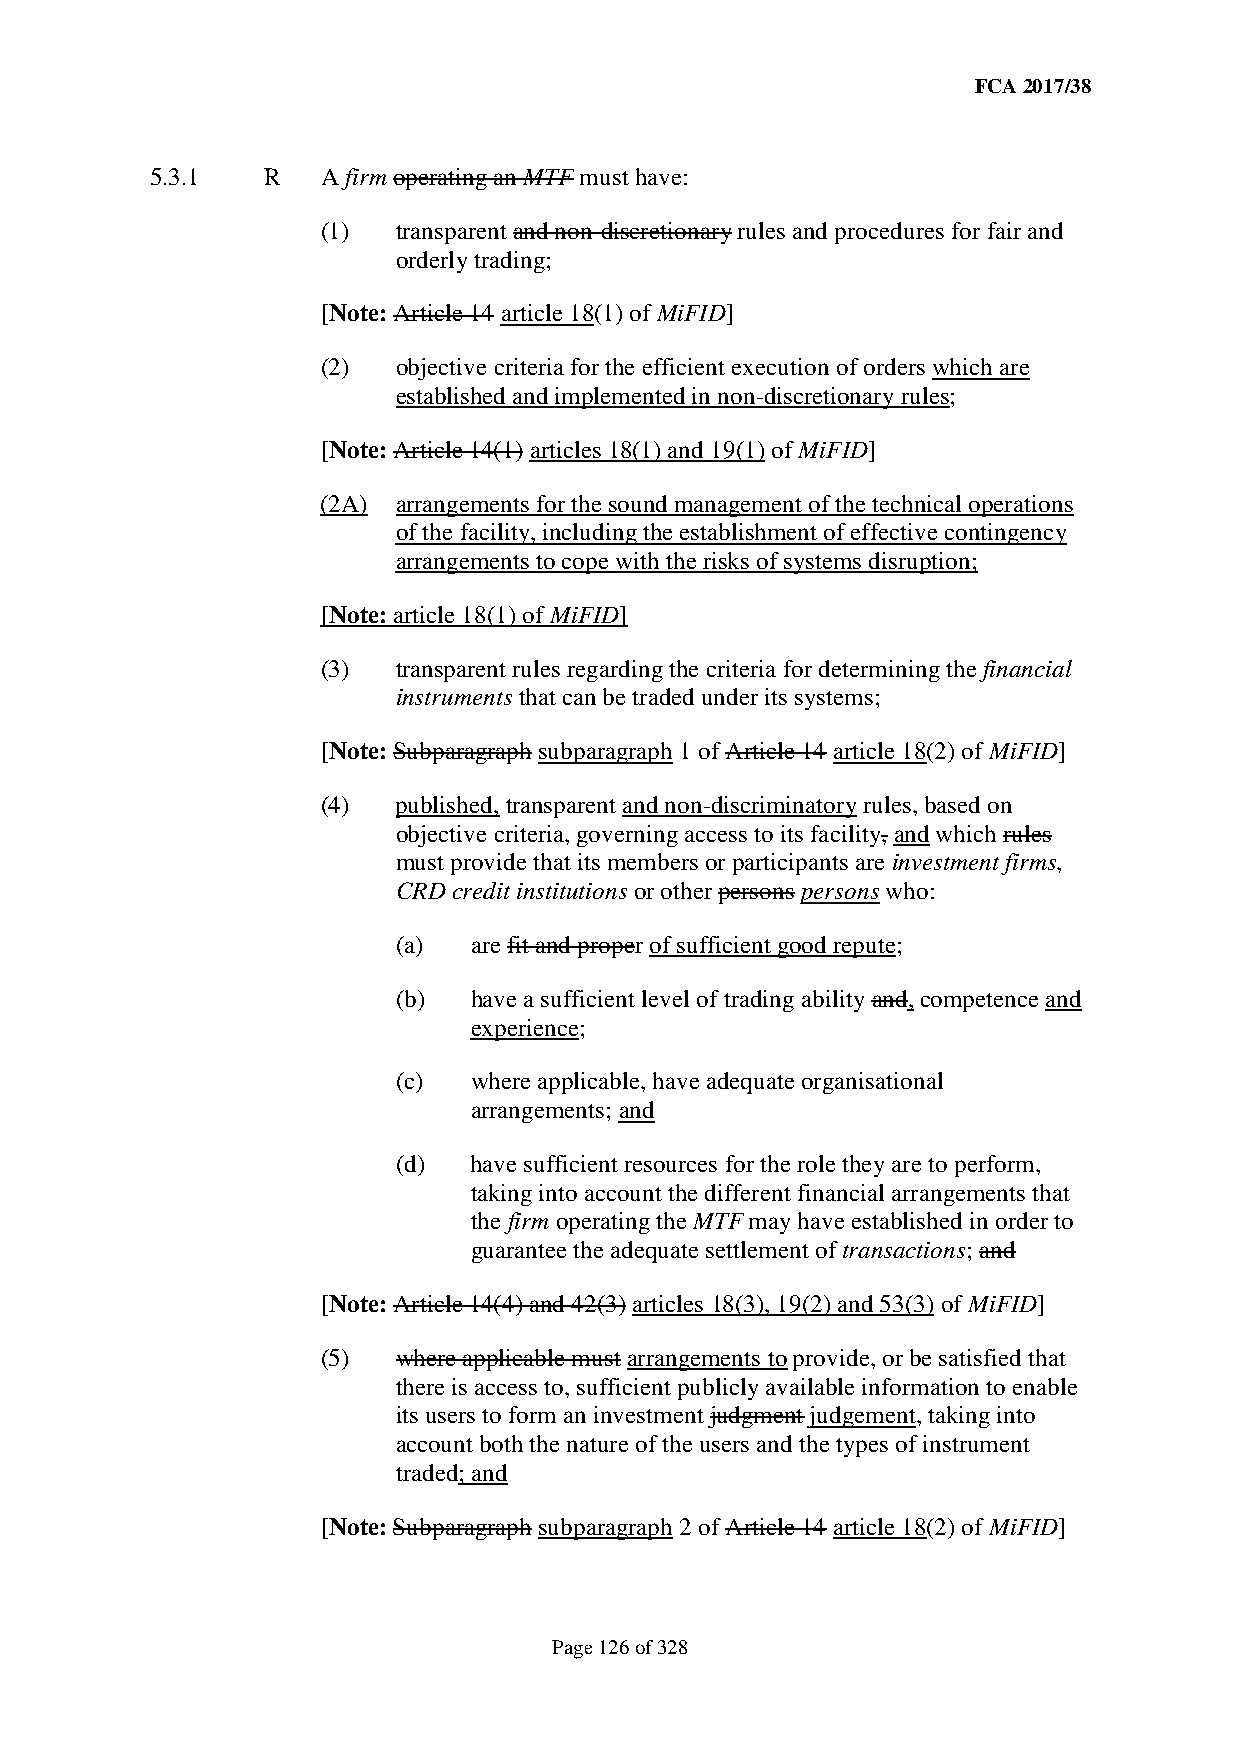
FCA 2017/38
 5.3.1  R   A firm operating an MTF must have:
 (1)  transparent and non-discretionary rules and procedures for fair and
 orderly trading;
 [Note: Article 14 article 18(1) of MiFID]
 (2)  objective criteria for the efficient execution of orders which are
 established and implemented in non-discretionary rules;
 [Note: Article 14(1) articles 18(1) and 19(1) of MiFID]
 (2A) arrangements for the sound management of the technical operations
 of the facility, including the establishment of effective contingency
 arrangements to cope with the risks of systems disruption;
 [Note: article 18(1) of MiFID]
 (3)  transparent rules regarding the criteria for determining the financial
 instruments that can be traded under its systems;
 [Note: Subparagraph subparagraph 1 of Article 14 article 18(2) of MiFID]
 (4)  published, transparent and non-discriminatory rules, based on
 objective criteria, governing access to its facility, and which rules
 must provide that its members or participants are investment firms,
 CRD credit institutions or other persons persons who:
 (a)  are fit and proper of sufficient good repute;
 (b)  have a sufficient level of trading ability and, competence and
 experience;
 (c)  where applicable, have adequate organisational
 arrangements; and
 (d)  have sufficient resources for the role they are to perform,
 taking into account the different financial arrangements that
 the firm operating the MTF may have established in order to
 guarantee the adequate settlement of transactions; and
 [Note: Article 14(4) and 42(3) articles 18(3), 19(2) and 53(3) of MiFID]
 (5)  where applicable must arrangements to provide, or be satisfied that
 there is access to, sufficient publicly available information to enable
 its users to form an investment judgment judgement, taking into
 account both the nature of the users and the types of instrument
 traded; and
 [Note: Subparagraph subparagraph 2 of Article 14 article 18(2) of MiFID]
 Page 126 of 328